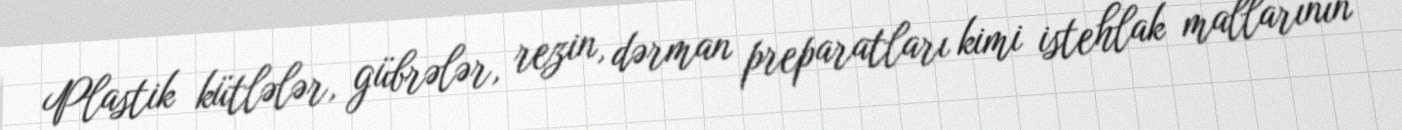
Plastik kütlələr, gübrələr, rezin, dərman preparatları kimi istehlak mallarının